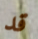
قد